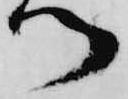
ツ